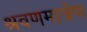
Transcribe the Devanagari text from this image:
श्रवणमात्रेण